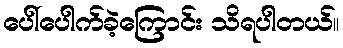
ပေါ်ပေါက်ခဲ့ကြောင်း သိရပါတယ်။